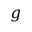
g